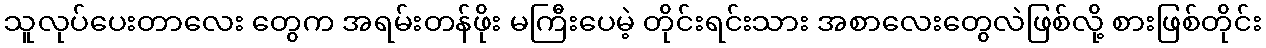
သူလုပ်ပေးတာလေး တွေက အရမ်းတန်ဖိုး မကြီးပေမဲ့ တိုင်းရင်းသား အစာလေးတွေလဲဖြစ်လို့ စားဖြစ်တိုင်း